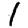
Digit: 1